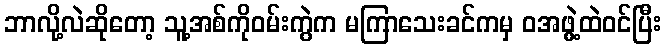
ဘာလို့လဲဆိုတော့ သူ့အစ်ကိုဝမ်းကွဲက မကြာသေးခင်ကမှ ဝအဖွဲ့ထဲဝင်ပြီး